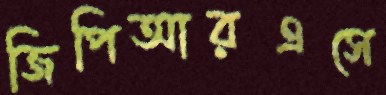
জিপিআরএসে